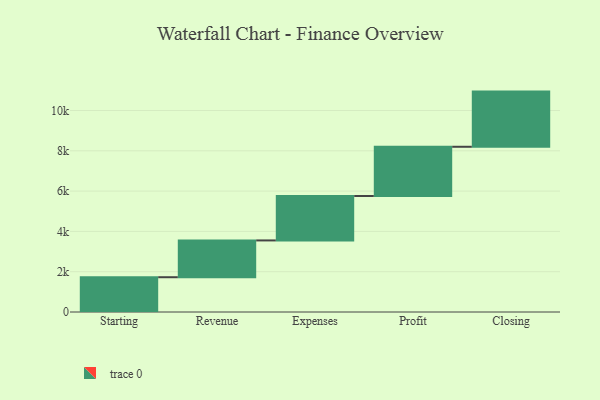
{"axis": {"x": "Step", "y": "Value"}, "legend": [""], "data": [{"x": "Starting", "y": 1726.0, "type": ""}, {"x": "Revenue", "y": 1826.0, "type": ""}, {"x": "Expenses", "y": 2206.0, "type": ""}, {"x": "Profit", "y": 2442.0, "type": ""}, {"x": "Closing", "y": 2738.0, "type": ""}]}